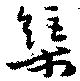
榘